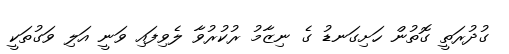
ގުދުރަތީ ގޮތުން ހަށިގަނޑު ގެ ނިޒާމު ރުކުރުވާ ލެވިފައި ވަނީ އަލި ވަގުތަކީ